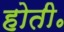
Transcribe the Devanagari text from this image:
होती॰